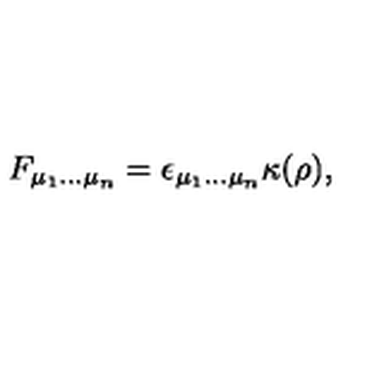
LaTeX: F _ { \mu _ { 1 } \dots \mu _ { n } } = \epsilon _ { \mu _ { 1 } \dots \mu _ { n } } \kappa ( \rho ) ,